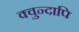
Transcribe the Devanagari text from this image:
क्वुन्दापि